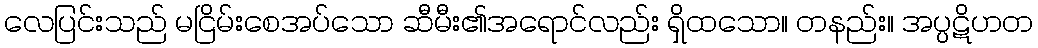
လေပြင်းသည် မငြိမ်းစေအပ်သော ဆီမီး၏အရောင်လည်း ရှိထသော။ တနည်း။ အပ္ပဋိဟတ